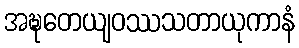
အဍ္ဎတေယျဝဿသတာယုကာနံ